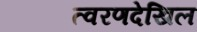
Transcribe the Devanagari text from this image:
त्वरणदेखिल